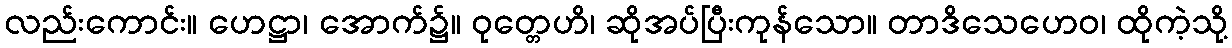
လည်းကောင်း။ ဟေဋ္ဌာ၊ အောက်၌။ ဝုတ္တေဟိ၊ ဆိုအပ်ပြီးကုန်သော။ တာဒိသေဟေဝ၊ ထိုကဲ့သို့